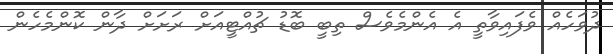
ދުވަހެއް ވެފައިވާތީ އެ އެންމެވެސް ތިބީ ބޮޑު ޗުއްޓީއަށް ރަށަށް ދާން ކޮންމެހެން